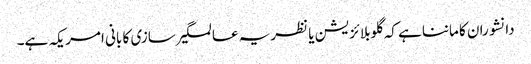
دانشوران کا ماننا ہے کہ گلوبلائزیشن یا نظریہ عالمگیر سازی کا بانی امریکہ ہے۔